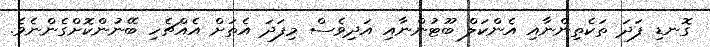
ގޮނޑި ފަދަ ތަކެތިންނާއި އެންކަލް ބޫޓުންނާއި އަދިވެސް މިފަދަ އެތަށް އެއްޗެހި ބޭނުންކޮށްގެންނެވެ.